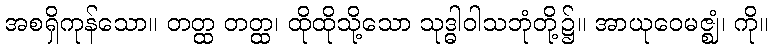
အစရှိကုန်သော။ တတ္ထ တတ္ထ၊ ထိုထိုသို့သော သုဒ္ဓါဝါသဘုံတို့၌။ အာယုဝေမဇ္ဈံ၊ ကို။